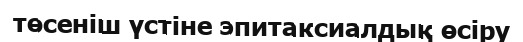
төсеніш үстіне эпитаксиалдық өсіру